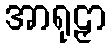
အာရုဠှာ